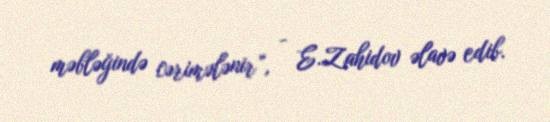
məbləğində cərimələnir”, - E.Zahidov əlavə edib.